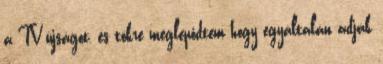
a TV újságot, és tökre meglepődtem hogy egyáltalán adják